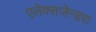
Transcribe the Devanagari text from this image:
एलेक्सजेन्डरा